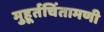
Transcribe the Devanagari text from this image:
मुहूर्तचिंतामणी